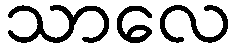
သာလေ